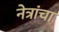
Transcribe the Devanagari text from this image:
नेत्रांचा